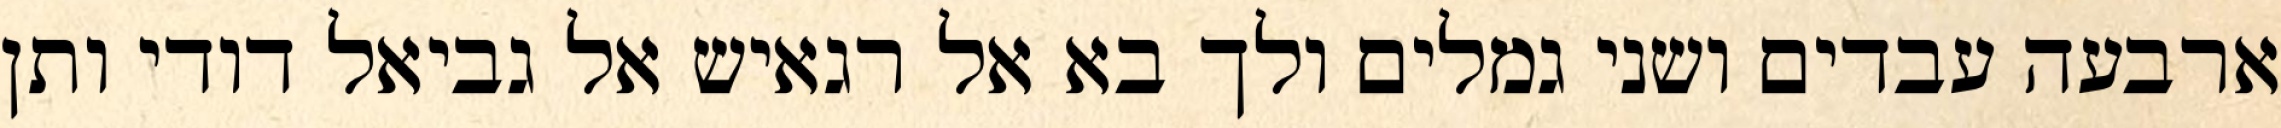
ארבעה עבדים ושני גמלים ולך בא אל רגאיש אל גביאל דודי ותן